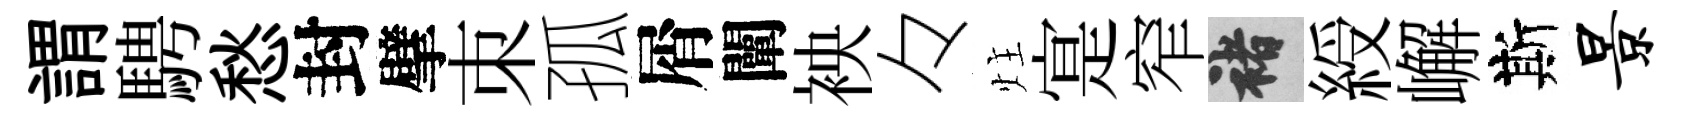
謂騁愁封擘朿孤屑闡䘧々炷寔窄褚綬嶰斯景